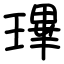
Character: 㻫